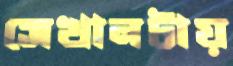
সেখানটায়